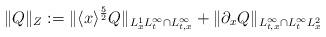
LaTeX: \begin{align*}\|Q\|_Z:= \| \langle x\rangle^{\frac{5}{2}} Q\|_{L_x^1 L_t^\infty\cap L_{t,x}^\infty}+ \|\partial_x Q\|_{L_{t,x}^\infty\cap L_t^\infty L_x^2}\end{align*}